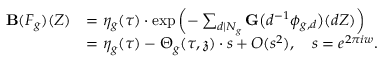
\begin{array} { r l } { \mathbf { B } ( F _ { g } ) ( Z ) } & { = \eta _ { g } ( \tau ) \cdot \exp \left( - \sum _ { d | N _ { g } } \mathbf { G } \big ( d ^ { - 1 } \phi _ { g , d } \big ) ( d Z ) \right) } \\ & { = \eta _ { g } ( \tau ) - \Theta _ { g } ( \tau , \mathfrak { z } ) \cdot s + O ( s ^ { 2 } ) , \quad s = e ^ { 2 \pi i w } . } \end{array}